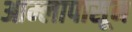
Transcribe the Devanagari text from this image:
आम्लापासून